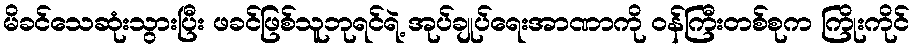
မိခင်သေဆုံးသွားပြီး ဖခင်ဖြစ်သူဘုရင်ရဲ့ အုပ်ချုပ်ရေးအာဏာကို ဝန်ကြီးတစ်စုက ကြိုးကိုင်